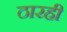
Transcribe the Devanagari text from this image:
ठारही